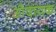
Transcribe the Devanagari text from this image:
औदायक